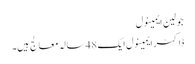
جولین ایمینول
ڈاکٹر ایمینول ایک 48 سالہ معالج ہیں۔